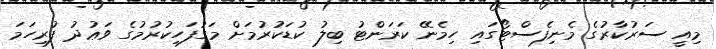
މިއީ ސަރުކާރުގެ މެނިފެސްޓޯގައި ހިމެނޭ ކަރަންޓު ބިލު ކުޑަކުރުމަށް މަގުފަހިކުރުމުގެ ވަޢުދު ފުރިހަމަ